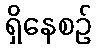
ရှိနေစဉ်